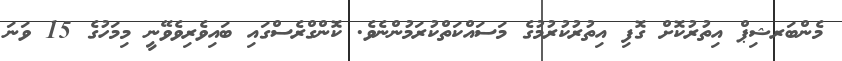
މެންބަރޝިޕް އިތުރުކޮށް ގޮފި އިތުރުކުރުމުގެ މަސައްކަތްކުރަމުންނެވެ. ކޮންގްރެސްގައި ބައިވެރިވެވޭނީ މިމަހުގެ 15 ވަނަ